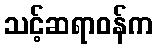
သင့်ဆရာဝန်က